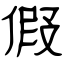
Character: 假